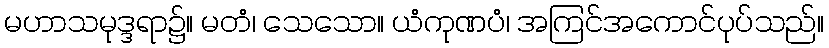
မဟာသမုဒ္ဒရာ၌။ မတံ၊ သေသော။ ယံကုဏပံ၊ အကြင်အကောင်ပုပ်သည်။